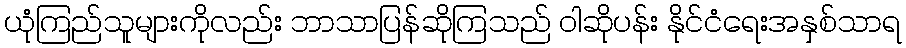
ယုံကြည်သူများကိုလည်း ဘာသာပြန်ဆိုကြသည် ဝါဆိုပန်း နိုင်ငံရေးအနှစ်သာရ